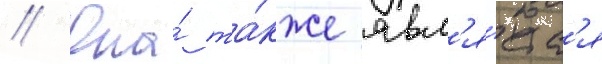
// Она́ та́кже явл'я́етс'я